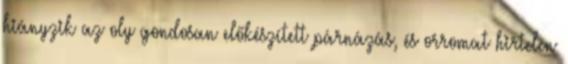
hiányzik az oly gondosan előkészített párnázás, és orromat hirtelen